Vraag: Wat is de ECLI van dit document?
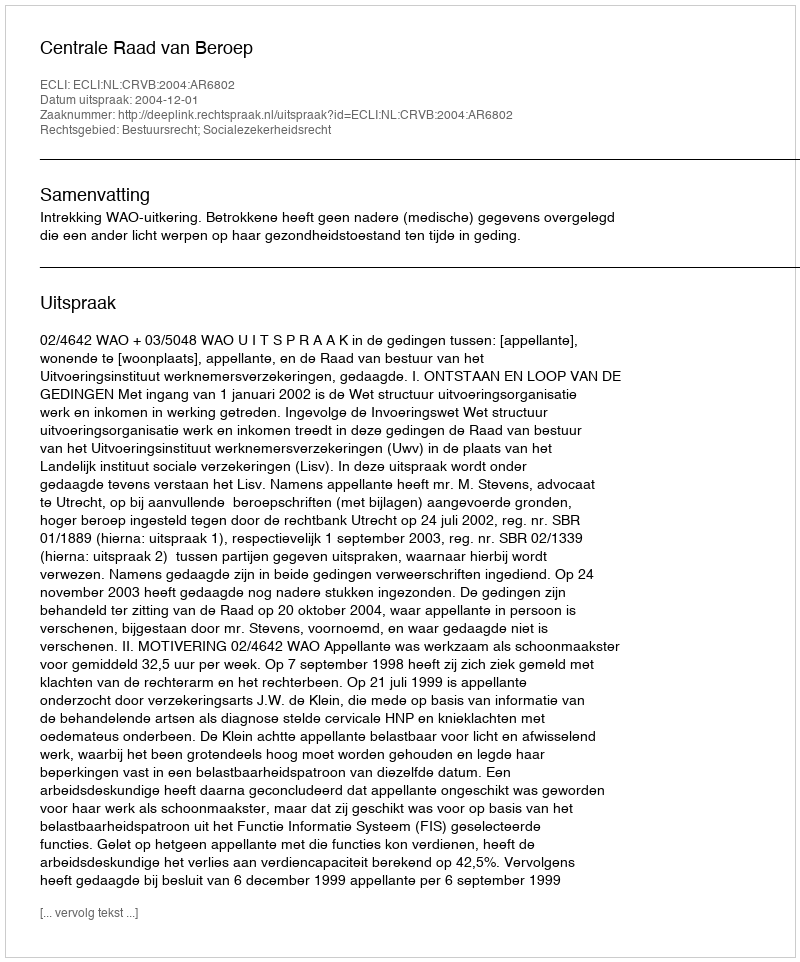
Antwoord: ECLI:NL:CRVB:2004:AR6802